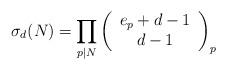
LaTeX: \begin{align*}\sigma_d(N)&=\prod_{p\vert N}\left(\begin{array}{cc}e_p+d-1\\d-1\end{array}\right)_p\end{align*}